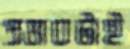
প্রভাবটাই